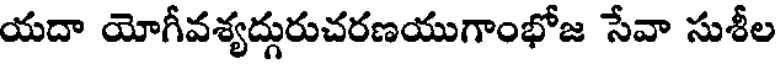
యదా యోగీవశ్యద్గురుచరణయుగాంభోజ సేవా సుశీల